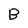
Character: B